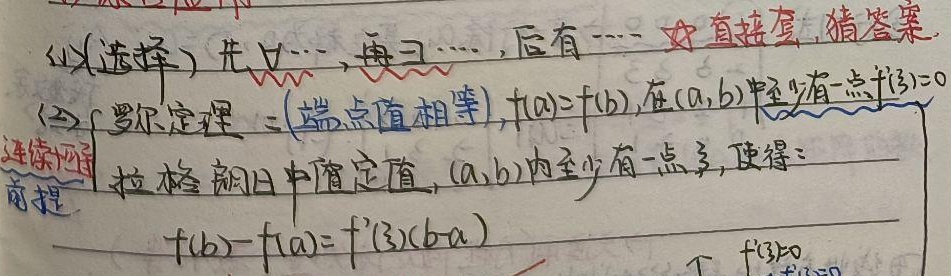
(1) (选择) 先$\forall\cdots$, 再$\exists\cdots$, 后有$\cdots$  ☆ 直接套, 猜答案.

(2) 罗尔定理：若函数满足端点值相等，即$f(a)=f(b)$，且函数在闭区间$[a,b]$上连续，在开区间$(a,b)$内可导，则在$(a,b)$中至少有一点$\xi$，使得$f'(\xi)=0$。

连续函数前提的拉格朗日中值定理：若函数在闭区间$[a,b]$上连续，在开区间$(a,b)$内可导，则在$(a,b)$内至少有一点$\xi$，使得$f(b)-f(a)=f'(\xi)(b - a)$